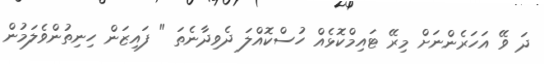
ދަ ވޭ އަހަރެންނަށް މިރޭ ޓައިމްކޮޅެއް ހުސްކޮއްލަ ދެވިދާނެތަ " ފައިޒަން ހިނިތުންވެލަމުން